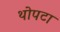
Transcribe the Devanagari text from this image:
थोपटा